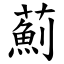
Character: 薊